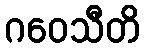
ဂဝေသီတိ